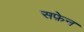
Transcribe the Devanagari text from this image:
सफ़ेन